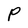
Character: P